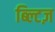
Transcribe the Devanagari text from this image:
ब्ल्टिज़